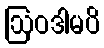
ဩဝဒါမပိ